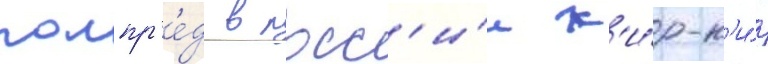
полпр'е́д в росс'и́и к'и́р-к'и́р